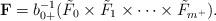
LaTeX: \begin{align*} \mathbf{F} = b_{0+}^{-1}(\tilde{F}_0 \times \tilde{F}_1 \times \cdots \times \tilde{F}_{m^+}).\end{align*}